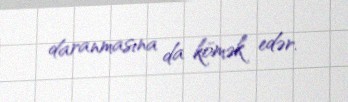
daranmasına da kömək edər.